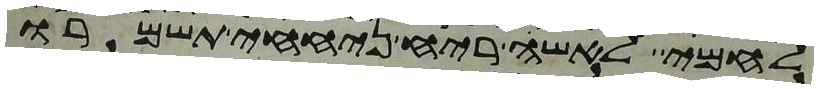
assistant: לחמי לאשי ריח ניחחי תשמרו